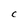
Character: C